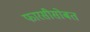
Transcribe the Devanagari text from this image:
फारसीसोबत